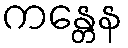
ကန္တေန